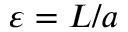
\varepsilon = L / a